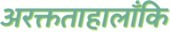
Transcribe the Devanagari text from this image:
अरक्तताहालाँकि